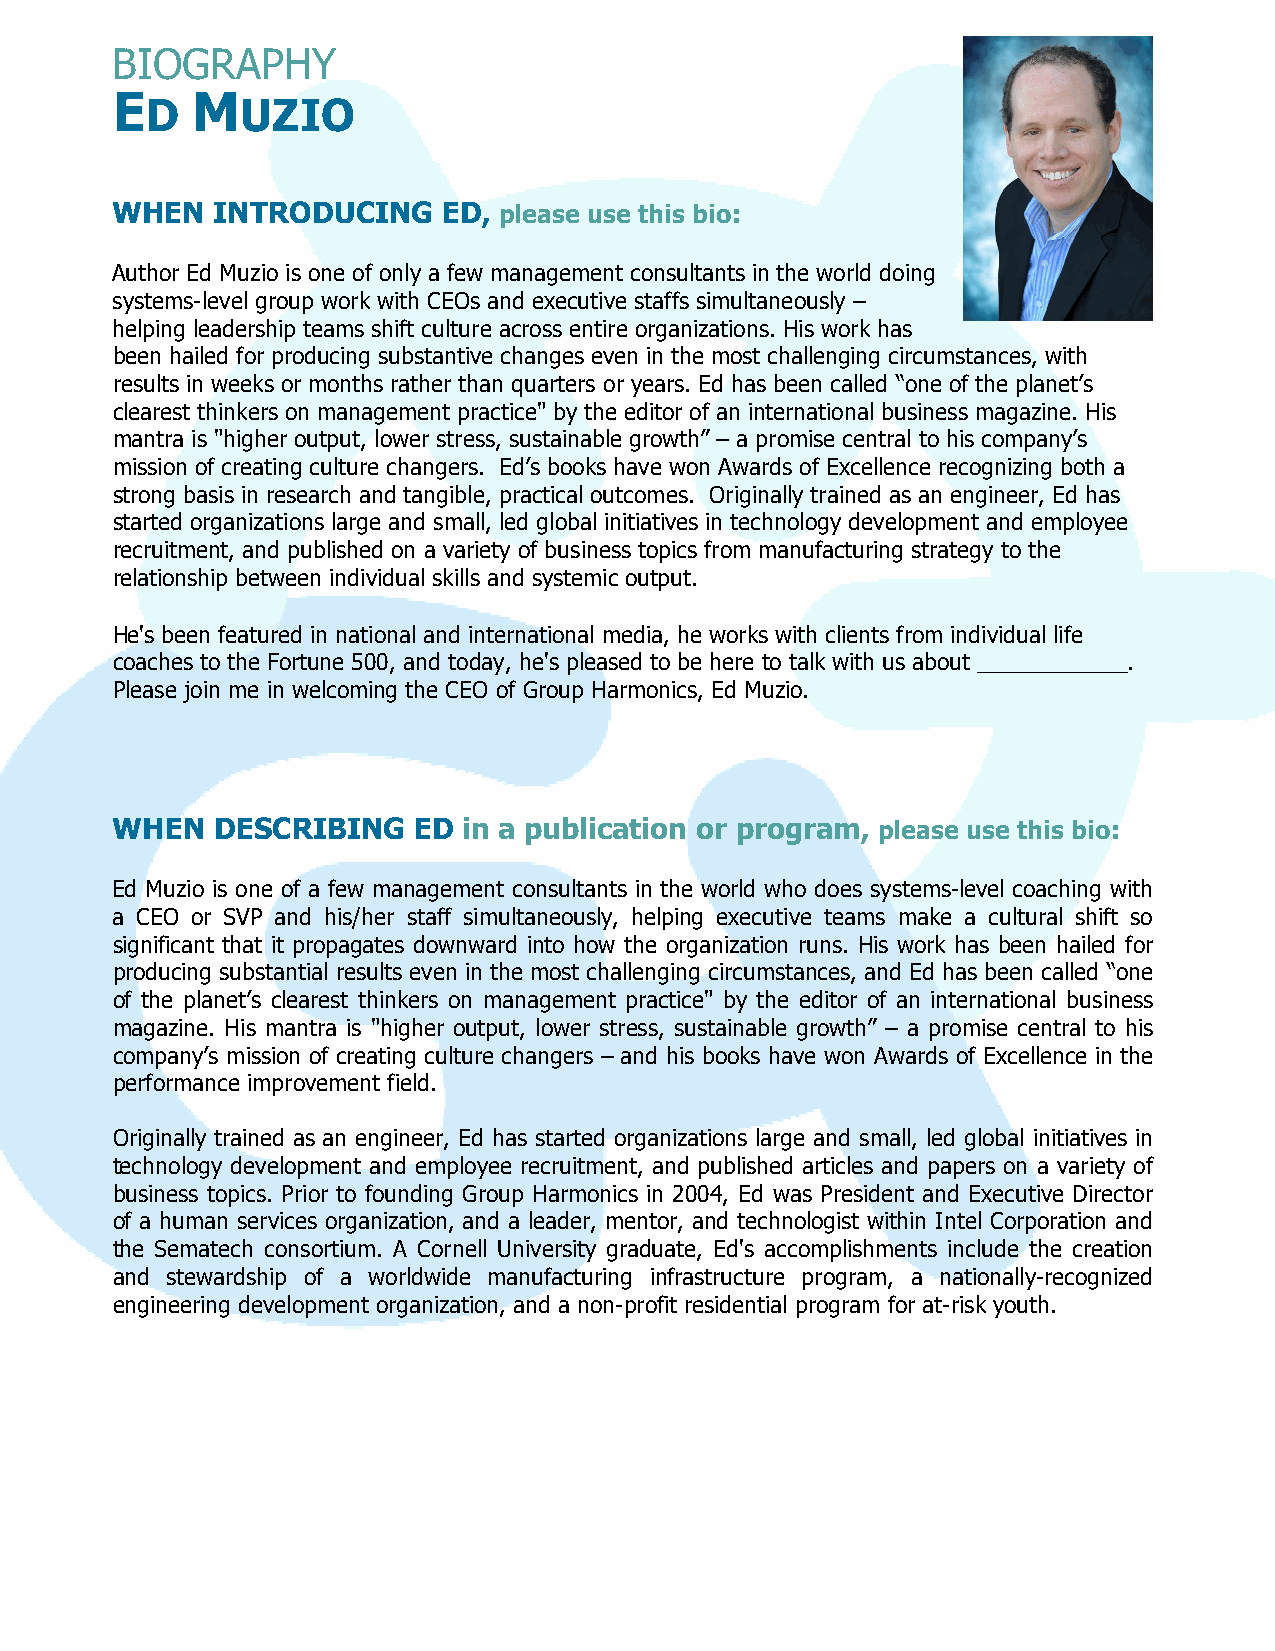
BIOGRAPHY
 E     M
 D     UZIO
 WHEN   INTRODUCING    ED, please use this bio:
 Author Ed Muzio is one of only a few management consultants in the world doing
 systems-level group work with CEOs and executive staffs simultaneously –
 helping leadership teams shift culture across entire organizations. His work has
 been hailed for producing substantive changes even in the most challenging circumstances, with
 results in weeks or months rather than quarters or years. Ed has been called “one of the planet’s
 clearest thinkers on management practice" by the editor of an international business magazine. His
 mantra is "higher output, lower stress, sustainable growth” – a promise central to his company’s
 mission of creating culture changers. Ed’s books have won Awards of Excellence recognizing both a
 strong basis in research and tangible, practical outcomes. Originally trained as an engineer, Ed has
 started organizations large and small, led global initiatives in technology development and employee
 recruitment, and published on a variety of business topics from manufacturing strategy to the
 relationship between individual skills and systemic output.
 He's been featured in national and international media, he works with clients from individual life
 coaches to the Fortune 500, and today, he's pleased to be here to talk with us about ____________.
 Please join me in welcoming the CEO of Group Harmonics, Ed Muzio.
 WHEN   DESCRIBING   ED  in a publication or program, please use this bio:
 Ed Muzio is one of a few management consultants in the world who does systems-level coaching with
 a CEO or SVP and his/her staff simultaneously, helping executive teams make a cultural shift so
 significant that it propagates downward into how the organization runs. His work has been hailed for
 producing substantial results even in the most challenging circumstances, and Ed has been called “one
 of the planet’s clearest thinkers on management practice" by the editor of an international business
 magazine. His mantra is "higher output, lower stress, sustainable growth” – a promise central to his
 company’s mission of creating culture changers – and his books have won Awards of Excellence in the
 performance improvement field.
 Originally trained as an engineer, Ed has started organizations large and small, led global initiatives in
 technology development and employee recruitment, and published articles and papers on a variety of
 business topics. Prior to founding Group Harmonics in 2004, Ed was President and Executive Director
 of a human services organization, and a leader, mentor, and technologist within Intel Corporation and
 the Sematech consortium. A Cornell University graduate, Ed's accomplishments include the creation
 and stewardship of a worldwide manufacturing infrastructure program, a nationally-recognized
 engineering development organization, and a non-profit residential program for at-risk youth.